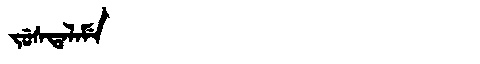
Manchu: ᠵᡠᠰᡨᠠᠯᠠᠮᡝ
Romanization: JUSTALAME